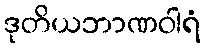
ဒုတိယဘာဏဝါရံ